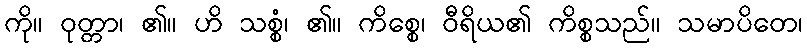
ကို။ ဝုတ္တာ၊ ၏။ ဟိ သစ္စံ၊ ၏။ ကိစ္စေ၊ ဝီရိယ၏ ကိစ္စသည်။ သမာပိတေ၊